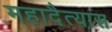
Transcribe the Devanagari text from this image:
महादैत्यास